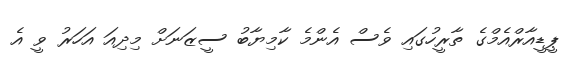
ޕީޑީއާރްއެމްގެ ތާރީހުގައި ވެސް އެންމެ ކާމިޔާބު ސީޒަނަށް މިދިއަ އަހަރު ވީ އެ